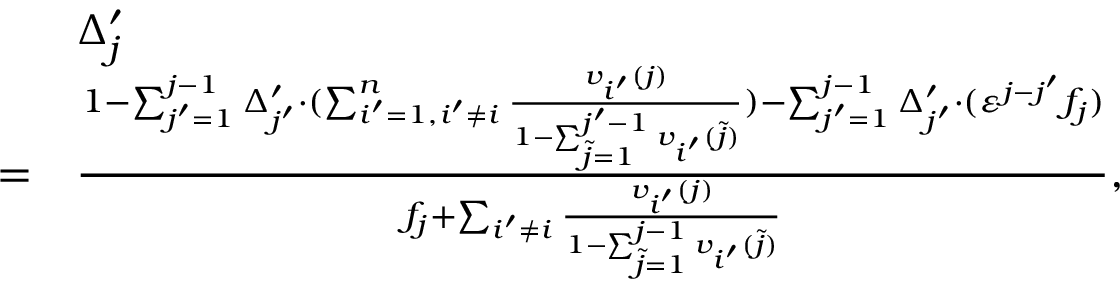
\begin{array} { r l } & { \Delta _ { j } ^ { \prime } } \\ { = } & { \frac { 1 - \sum _ { j ^ { \prime } = 1 } ^ { j - 1 } \Delta _ { j ^ { \prime } } ^ { \prime } \cdot ( \sum _ { i ^ { \prime } = 1 , i ^ { \prime } \neq i } ^ { n } \frac { v _ { i ^ { \prime } } ( j ) } { 1 - \sum _ { \tilde { j } = 1 } ^ { j ^ { \prime } - 1 } v _ { i ^ { \prime } } ( \tilde { j } ) } ) - \sum _ { j ^ { \prime } = 1 } ^ { j - 1 } \Delta _ { j ^ { \prime } } ^ { \prime } \cdot ( \varepsilon ^ { j - j ^ { \prime } } f _ { j } ) } { f _ { j } + \sum _ { i ^ { \prime } \neq i } \frac { v _ { i ^ { \prime } } ( j ) } { 1 - \sum _ { \tilde { j } = 1 } ^ { j - 1 } v _ { i ^ { \prime } } ( \tilde { j } ) } } , } \end{array}